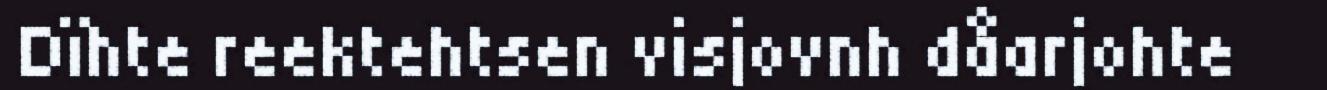
Dïhte reektehtsen visjovnh dåarjohte